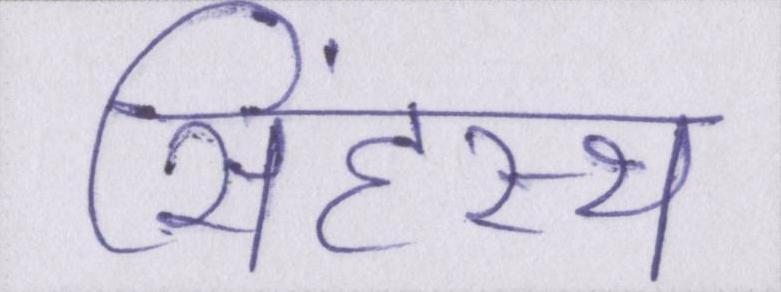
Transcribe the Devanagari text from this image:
सिंहस्थ